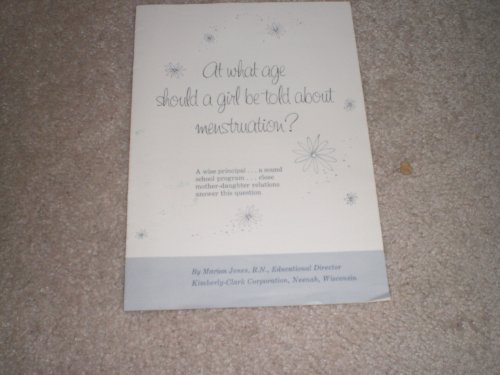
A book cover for At What Age Should a Girl Be Told About Menstruation; marion jones- kimberly clark; Health, Fitness & Dieting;